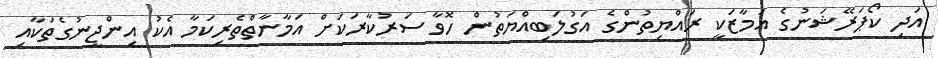
އަދި ކޯޕަރޭޝަނުގެ އަމާޒަކީ ރައްޔިތުންގެ އަގުލަބިއްޔަތުން ހޮވާ ސަރުކާރަކަށް އަމާނާތްތެރިކަމާ އެކު އިންޖީނުގެތަކާއި